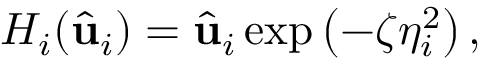
H _ { i } ( \widehat { \mathbf { u } } _ { i } ) = \hat { \mathbf { u } } _ { i } \exp \left( - \zeta \eta _ { i } ^ { 2 } \right) ,